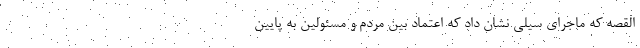
القصه که ماجرای سیلی نشان داد که اعتماد بین مردم و مسئولین به پایین